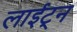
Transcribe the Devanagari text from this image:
लाईट्न